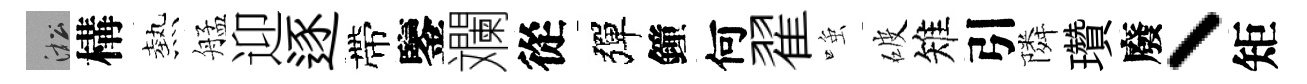
淞構熱艋迎逐帶鑒斕從彈鐘何翟𫪻破雉引隣瓚廢丶矩